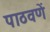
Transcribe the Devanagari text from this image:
पाठवणें